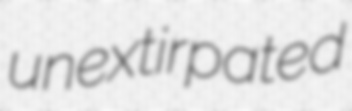
unextirpated